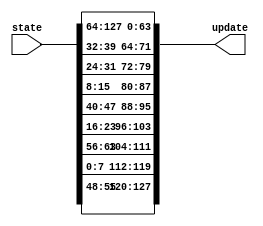
`timescale 1ns / 1ps
module TweakPerm (
    state, 
    update
);

parameter W = 8;

input [128-1 : 0] state;
output [128-1 : 0] update;

assign update[W-1 : 0] = state[9*W-1 : 8*W];
assign update[2*W-1 : W] = state[10*W-1 : 9*W];
assign update[3*W-1 : 2*W] = state[11*W-1 : 10*W];
assign update[4*W-1 : 3*W] = state[12*W-1 : 11*W];

assign update[5*W-1 : 4*W] = state[13*W-1 : 12*W];
assign update[6*W-1 : 5*W] = state[14*W-1 : 13*W];
assign update[7*W-1 : 6*W] = state[15*W-1 : 14*W];
assign update[8*W-1 : 7*W] = state[16*W-1 : 15*W];

assign update[9*W-1 : 8*W] = state[5*W-1 : 4*W];
assign update[10*W-1 : 9*W] = state[4*W-1 : 3*W];
assign update[11*W-1 : 10*W] = state[2*W-1 : W];
assign update[12*W-1 : 11*W] = state[6*W-1 : 5*W];

assign update[13*W-1 : 12*W] = state[3*W-1 : 2*W];
assign update[14*W-1 : 13*W] = state[8*W-1 : 7*W];
assign update[15*W-1 : 14*W] = state[W-1 : 0];
assign update[16*W-1 : 15*W] = state[7*W-1 : 6*W];

endmodule